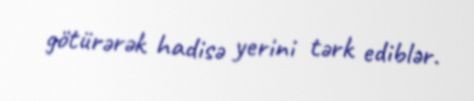
götürərək hadisə yerini tərk ediblər.